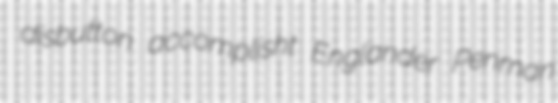
disbutton accomplisht Englander Penman